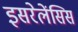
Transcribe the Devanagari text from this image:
इसरेलेंसिस